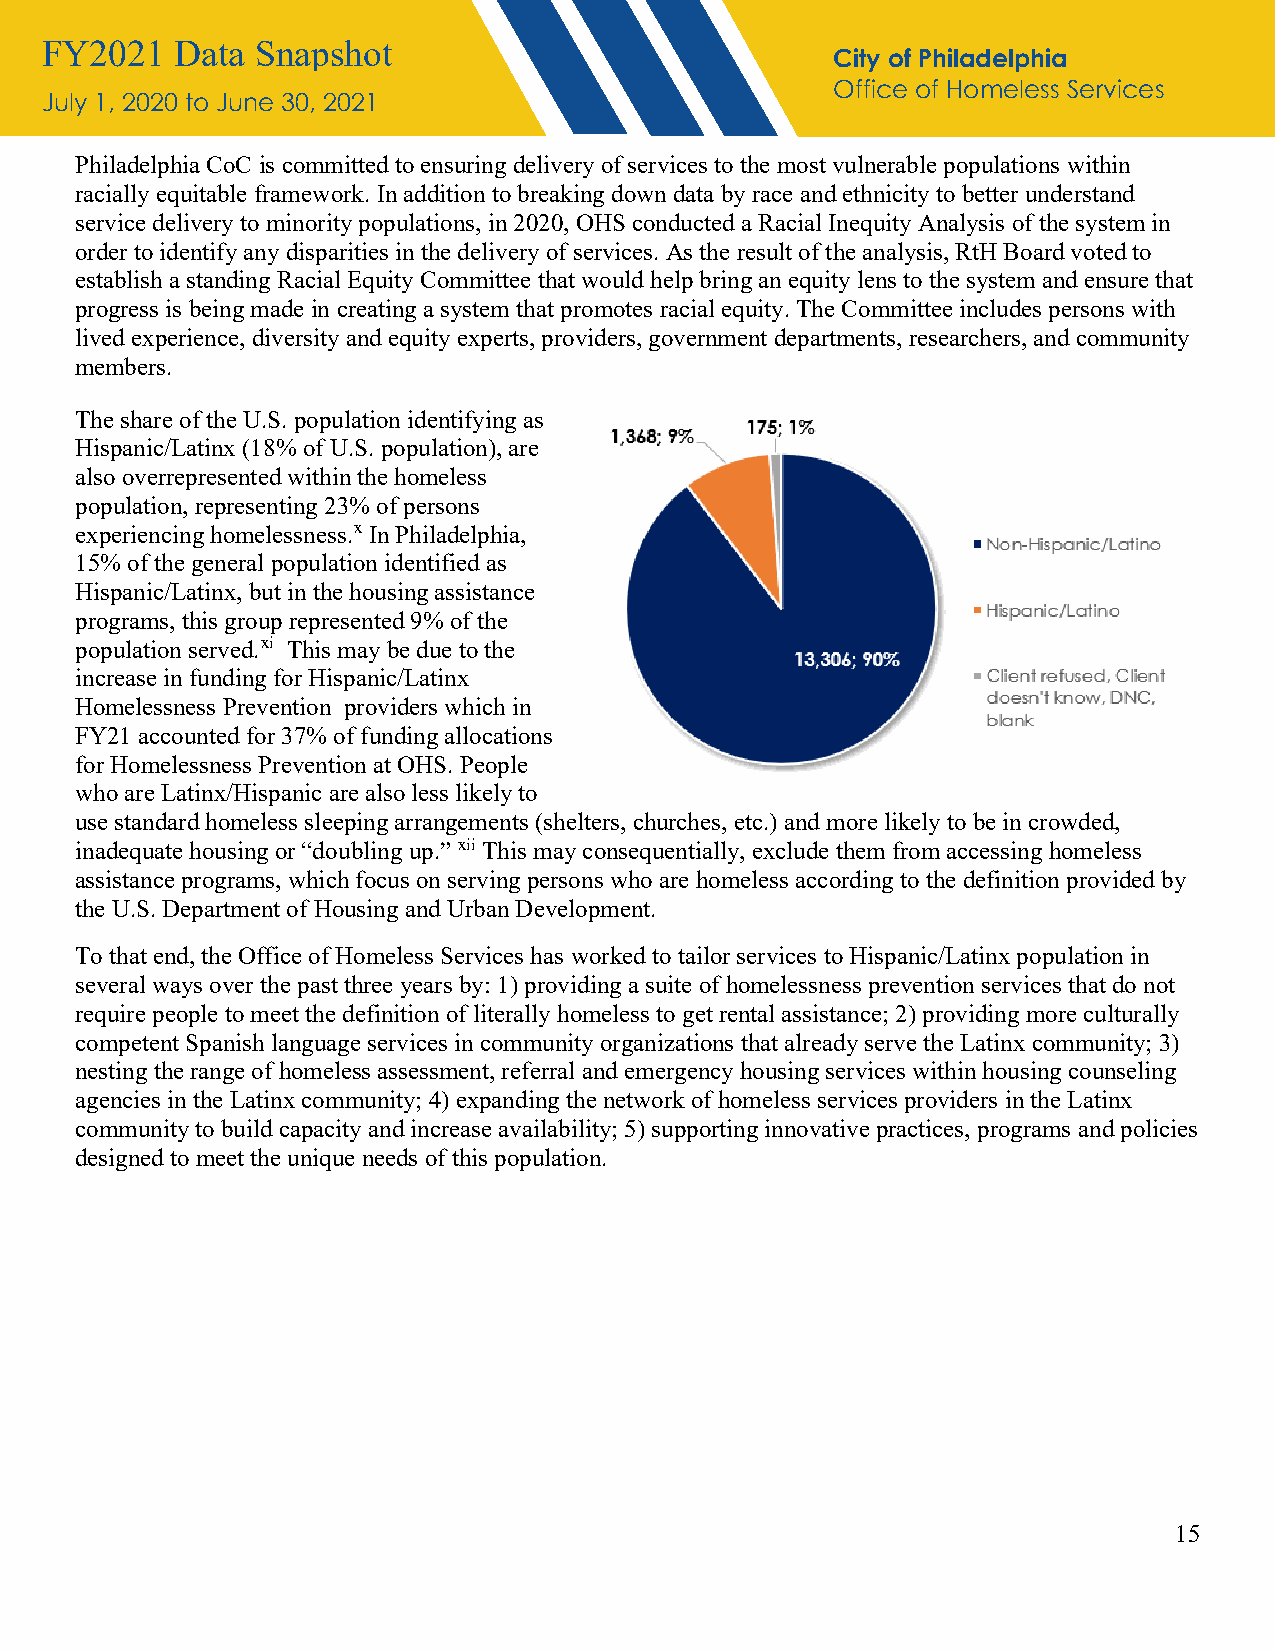
FY2021   Data Snapshot
 City of Philadelphia
 Office of Homeless Services
 July 1, 2020 to June 30, 2021
 Philadelphia CoC is committed to ensuring delivery of services to the most vulnerable populations within
 racially equitable framework. In addition to breaking down data by race and ethnicity to better understand
 service delivery to minority populations, in 2020, OHS conducted a Racial Inequity Analysis of the system in
 order to identify any disparities in the delivery of services. As the result of the analysis, RtH Board voted to
 establish a standing Racial Equity Committee that would help bring an equity lens to the system and ensure that
 progress is being made in creating a system that promotes racial equity. The Committee includes persons with
 lived experience, diversity and equity experts, providers, government departments, researchers, and community
 members.
 The share of the U.S. population identifying as
 Hispanic/Latinx (18% of U.S. population), are
 also overrepresented within the homeless
 population, representing 23% of persons
 experiencing homelessness.x In Philadelphia,
 15% of the general population identified as
 Hispanic/Latinx, but in the housing assistance
 programs, this group represented 9% of the
 population served.xi This may be due to the
 increase in funding for Hispanic/Latinx
 Homelessness Prevention providers which in
 FY21 accounted for 37% of funding allocations
 for Homelessness Prevention at OHS. People
 who are Latinx/Hispanic are also less likely to
 use standard homeless sleeping arrangements (shelters, churches, etc.) and more likely to be in crowded,
 inadequate housing or “doubling up.” xii This may consequentially, exclude them from accessing homeless
 assistance programs, which focus on serving persons who are homeless according to the definition provided by
 the U.S. Department of Housing and Urban Development.
 To that end, the Office of Homeless Services has worked to tailor services to Hispanic/Latinx population in
 several ways over the past three years by: 1) providing a suite of homelessness prevention services that do not
 require people to meet the definition of literally homeless to get rental assistance; 2) providing more culturally
 competent Spanish language services in community organizations that already serve the Latinx community; 3)
 nesting the range of homeless assessment, referral and emergency housing services within housing counseling
 agencies in the Latinx community; 4) expanding the network of homeless services providers in the Latinx
 community to build capacity and increase availability; 5) supporting innovative practices, programs and policies
 designed to meet the unique needs of this population.
 15